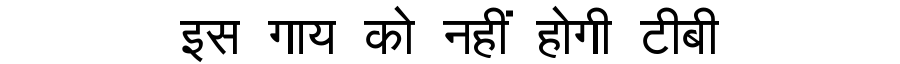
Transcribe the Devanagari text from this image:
इस गाय को नहीं होगी टीबी